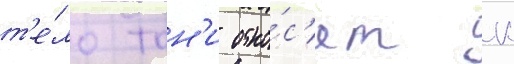
т'е́ло тон'и отно́с'ят к